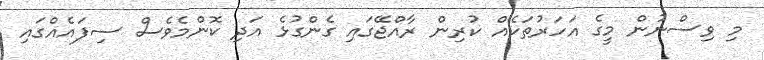
މި ވިސްނުން މީގެ އަހަރުތަކެއް ކުރިން ރާއްޖޭގައި ގެެންގުޅެ އަދި ކޮންމެވެސް ސިފައެއްގައި